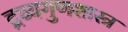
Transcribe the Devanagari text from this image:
द्रव्यगुणशास्त्र